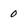
Character: 0